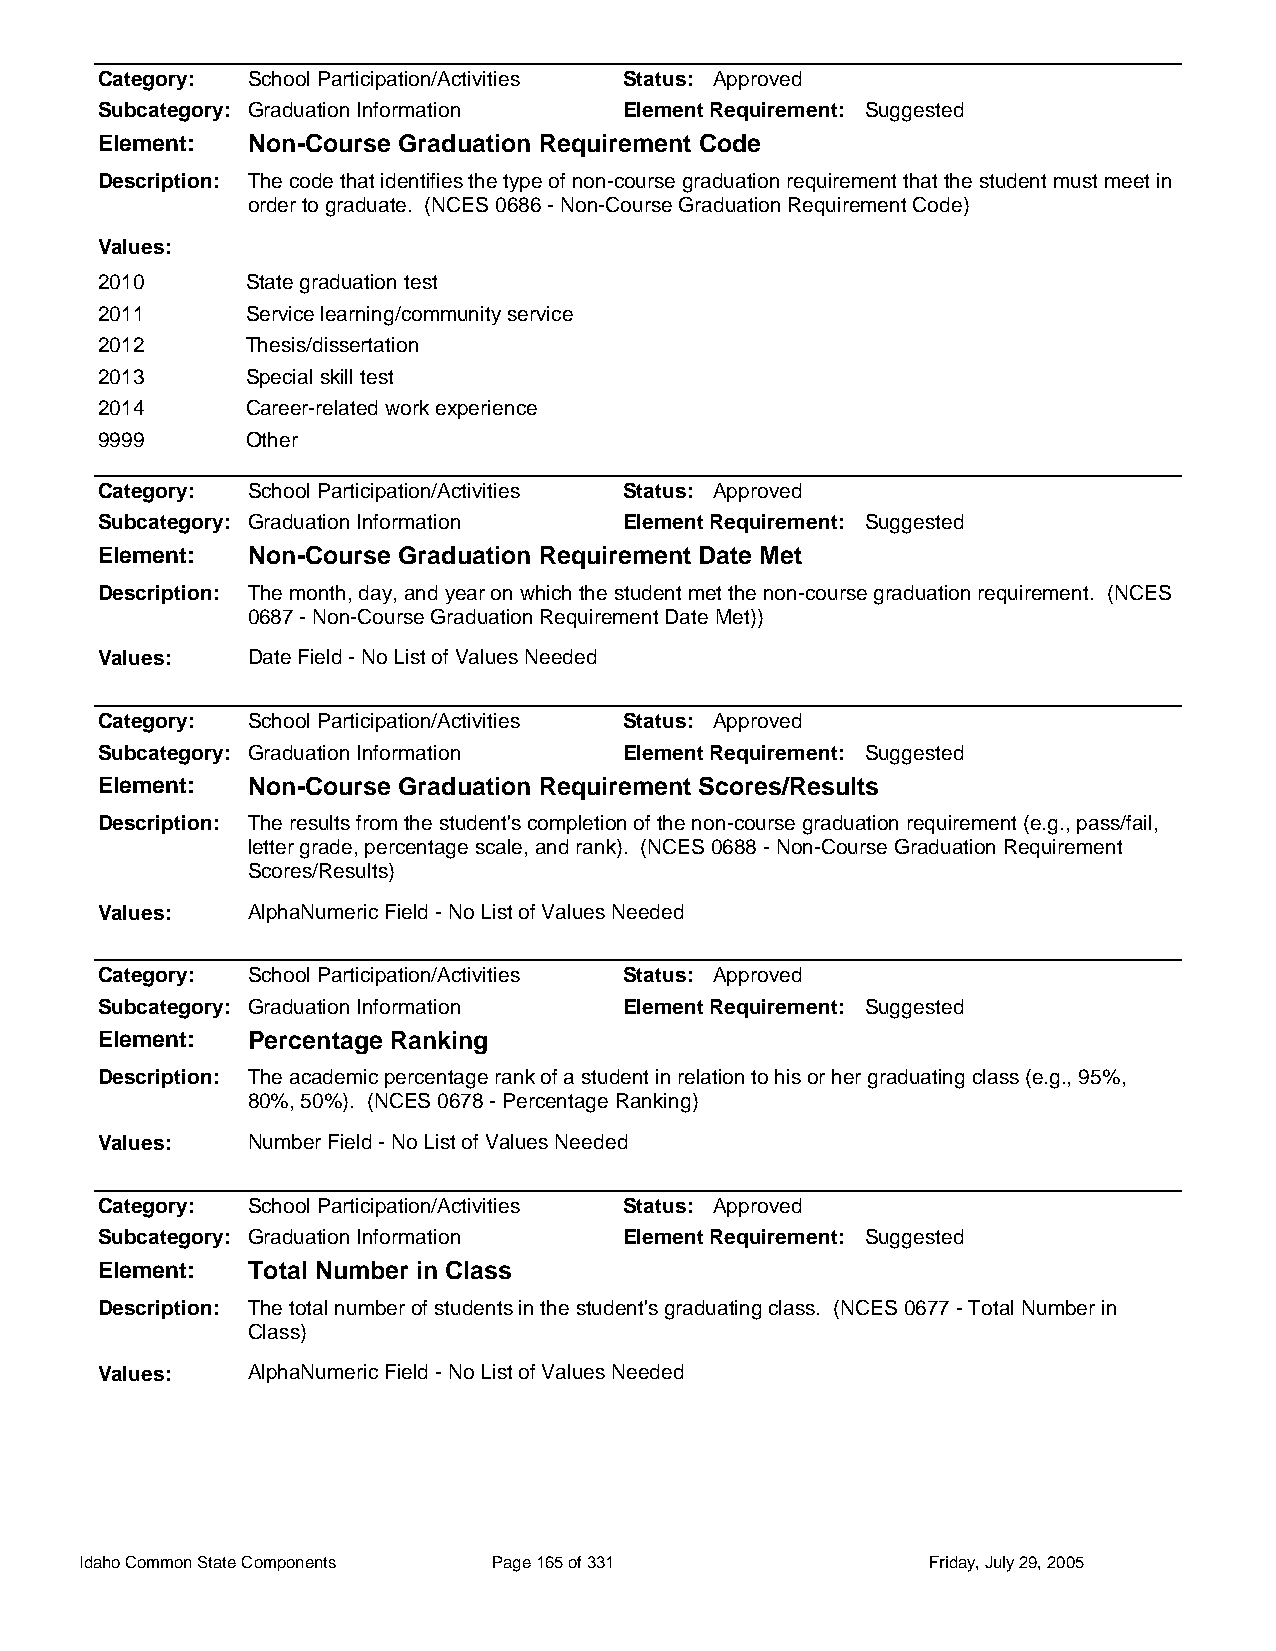
Category: School Participation/Activities Status: Approved
 Subcategory: Graduation Information Element Requirement: Suggested
 Element:  Non-Course Graduation Requirement Code
 Description: The code that identifies the type of non-course graduation requirement that the student must meet in
 order to graduate. (NCES 0686 - Non-Course Graduation Requirement Code)
 Values:
 2010      State graduation test
 2011      Service learning/community service
 2012      Thesis/dissertation
 2013      Special skill test
 2014      Career-related work experience
 9999      Other
 Category: School Participation/Activities Status: Approved
 Subcategory: Graduation Information Element Requirement: Suggested
 Element:  Non-Course Graduation Requirement Date Met
 Description: The month, day, and year on which the student met the non-course graduation requirement. (NCES
 0687 - Non-Course Graduation Requirement Date Met))
 Values:   Date Field - No List of Values Needed
 Category: School Participation/Activities Status: Approved
 Subcategory: Graduation Information Element Requirement: Suggested
 Element:  Non-Course Graduation Requirement Scores/Results
 Description: The results from the student's completion of the non-course graduation requirement (e.g., pass/fail,
 letter grade, percentage scale, and rank). (NCES 0688 - Non-Course Graduation Requirement
 Scores/Results)
 Values:   AlphaNumeric Field - No List of Values Needed
 Category: School Participation/Activities Status: Approved
 Subcategory: Graduation Information Element Requirement: Suggested
 Element:  Percentage Ranking
 Description: The academic percentage rank of a student in relation to his or her graduating class (e.g., 95%,
 80%, 50%). (NCES 0678 - Percentage Ranking)
 Values:   Number Field - No List of Values Needed
 Category: School Participation/Activities Status: Approved
 Subcategory: Graduation Information Element Requirement: Suggested
 Element:  Total Number in Class
 Description: The total number of students in the student's graduating class. (NCES 0677 - Total Number in
 Class)
 Values:   AlphaNumeric Field - No List of Values Needed
 Idaho Common State Components Page 165 of 331           Friday, July 29, 2005